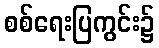
စစ်ရေးပြကွင်း၌